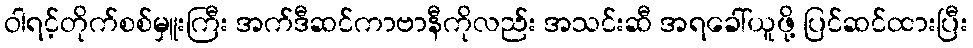
ဝါရင့်တိုက်စစ်မှူးကြီး အက်ဒီဆင်ကာဗာနီကိုလည်း အသင်းဆီ အရခေါ်ယူဖို့ ပြင်ဆင်ထားပြီး